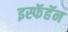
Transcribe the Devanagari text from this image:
इस्फॅहॅन